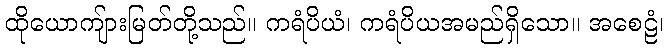
ထိုယောကျ်ားမြတ်တို့သည်။ ကရံပိယံ၊ ကရံပိယအမည်ရှိသော။ အစေဠံ၊